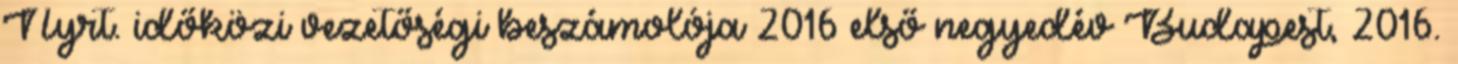
Nyrt. időközi vezetőségi beszámolója 2016 első negyedév Budapest, 2016.